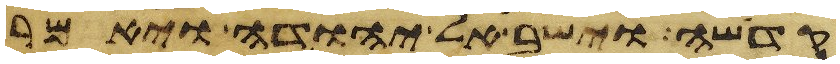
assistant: קדשה וישב אל יהודה ויאמר